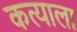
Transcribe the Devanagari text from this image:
कत्याला